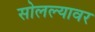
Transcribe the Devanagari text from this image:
सोलल्यावर